Vaccination returns of the Province of Eastern Bengal and Assam - 1905-1912
Year: 1905
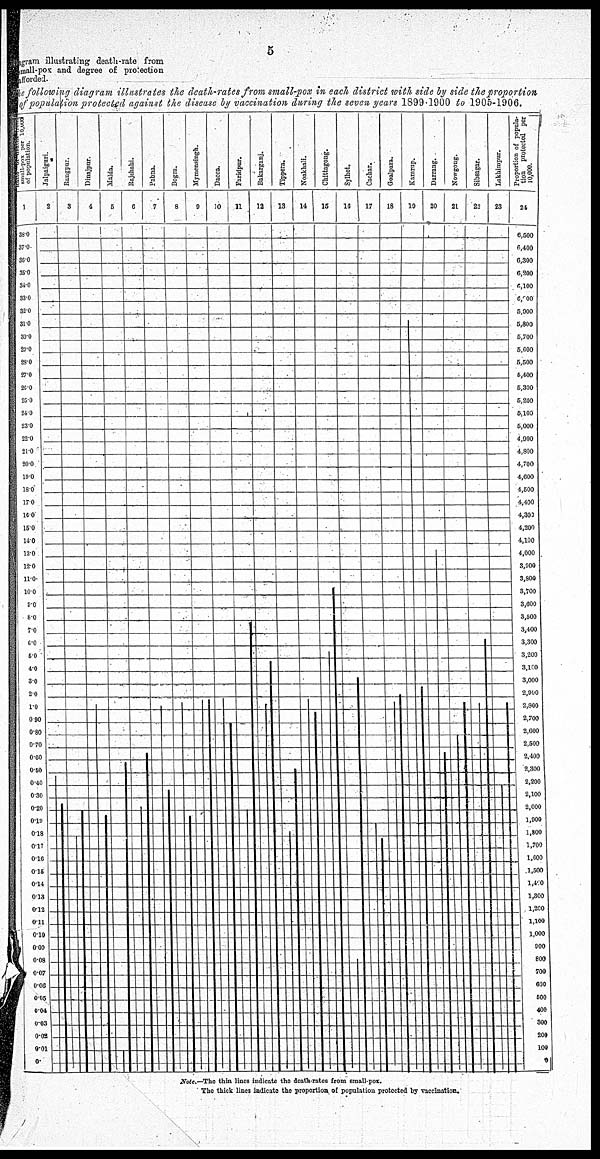
5
Diagram illustrating death-rate from
small-pox and degree of protection
afforded.
The following diagram illustrates the death-rates from small-pox in each district with side by side the proportion
of population protected against the disease by vaccination during the seven years 1899-1900 to 1905-1906.
Note.—The thin lines indicate the death-rates from small-pox.
The thick lines indicate the proportion of population protected by vaccination.